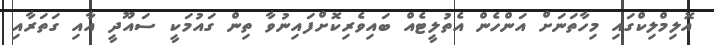
އޮލިމްލިކްގައި މިހާތަނަށް އަންހެން އެތުލީޓެއް ބައިވެރިކޮށްފައިނުވާ ތިން ގައުމަކީ ސައޫދީ އާއި ގަތަރާއި